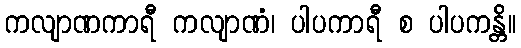
ကလျာဏကာရီ ကလျာဏံ၊ ပါပကာရီ စ ပါပကန္တိ။